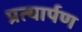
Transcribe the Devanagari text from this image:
प्रत्‍यार्पण